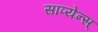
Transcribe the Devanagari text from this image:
साप्येन्स्